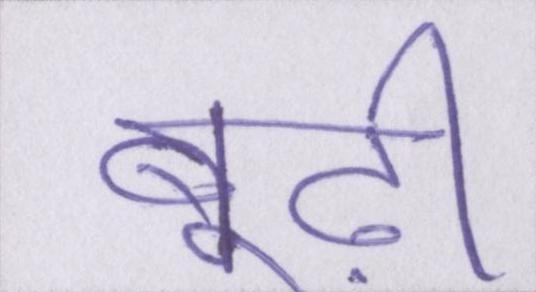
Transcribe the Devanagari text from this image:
बूढ़ी